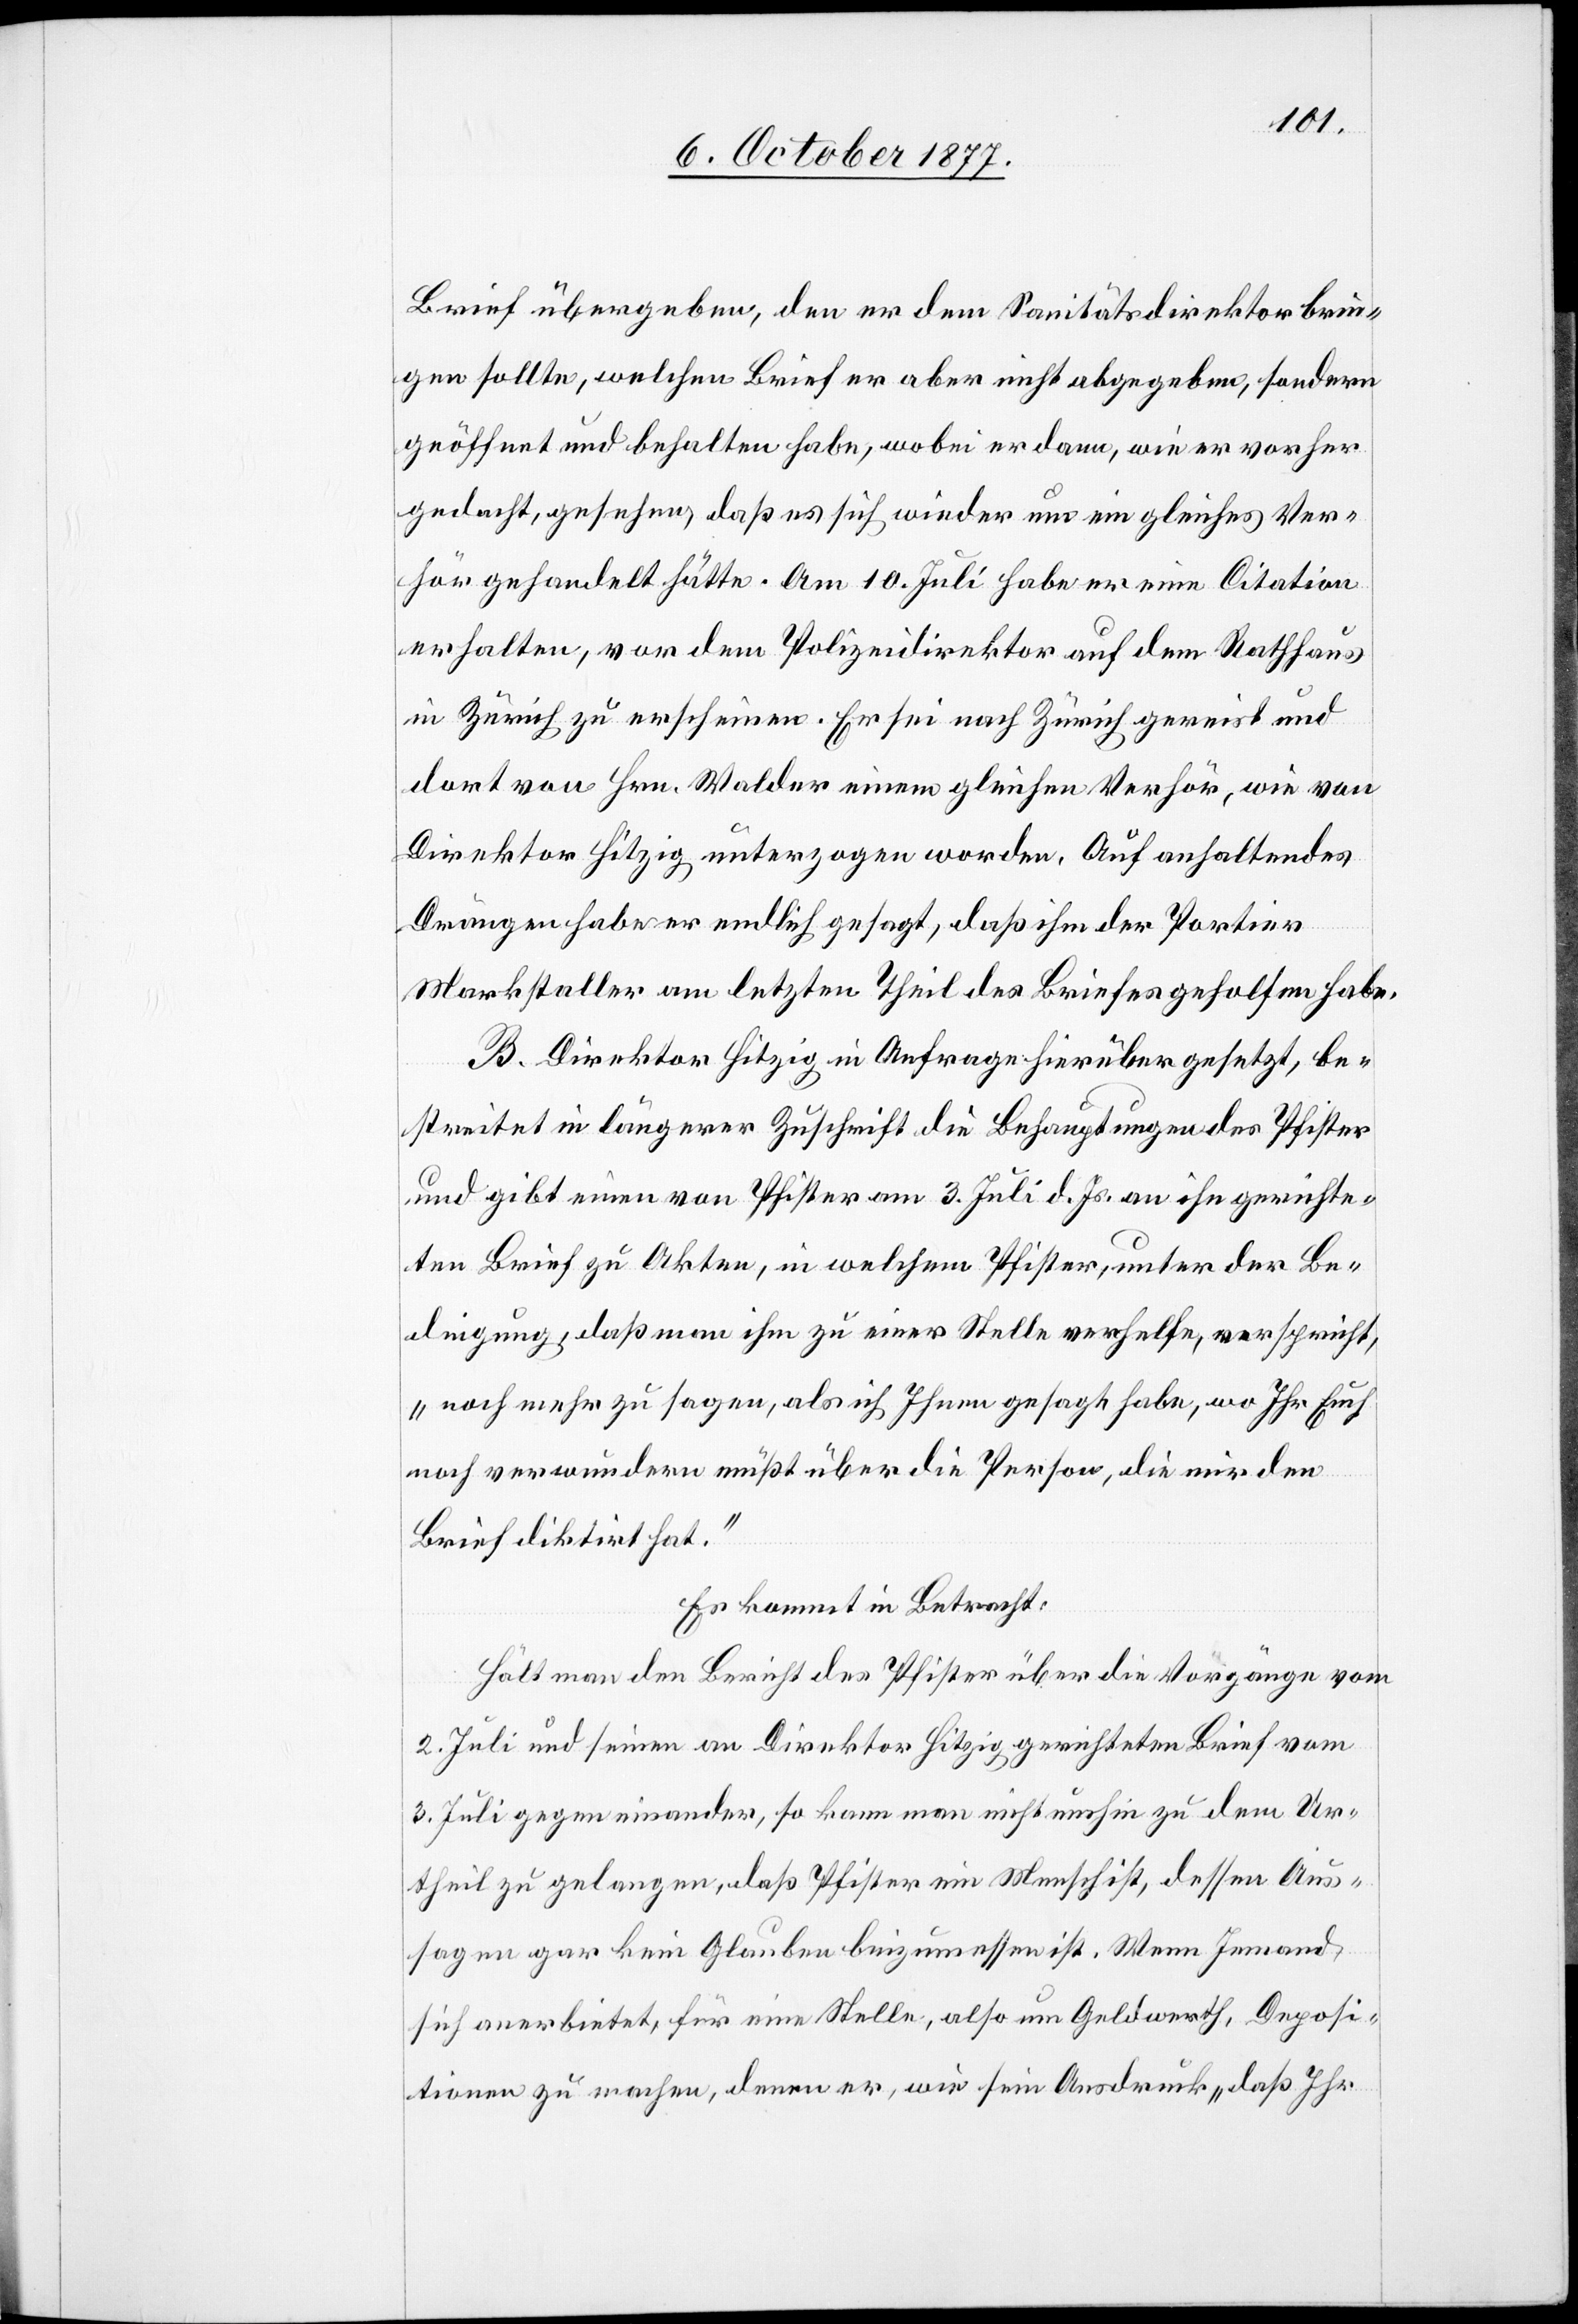
Brief übergeben, den er dem Sanitätsdirektor brin¬
gen sollte, welchen Brief er aber nicht abgegeben, sondern
geöffnet und behalten habe, wobei er dann, wie er vorher
gedacht, gesehen, daß es sich wieder um ein gleiches Ver¬
hör gehandelt hätte. Am 10. Juli habe er eine Citation
erhalten, vor dem Polizeidirektor auf dem Rathhaus
in Zürich zu erscheinen. Er sei nach Zürich gereist und
dort von Hrn. Walder einem gleichen Verhör, wie von
Direktor Hitzig unterzogen worden. Auf anhaltendes
Drängen habe er endlich gesagt, daß ihm der Portier
Markstaller am letzten Theil des Briefes geholfen habe.
B. Direktor Hitzig in Anfrage hierüber gesetzt, be¬
streitet in längerer Zuschrift die Behauptungen des Pfister
und gibt einen von Pfister am 3. Juli d. Js. an ihn gerichte¬
ten Brief zu Akten, in welchem Pfister, unter der Be¬
dingung, daß man ihm zu einer Stelle verhelfe, verspricht,
„noch mehr zu sagen, als ich Ihnen gesagt habe, wo Ihr Euch
noch verwundern müßt über die Person, die mir den
Brief diktirt hat.“
Es kommt in Betracht:
Hält man den Bericht des Pfister über die Vorgänge vom
2. Juli und seinen an Direktor Hitzig gerichteten Brief vom
3. Juli gegen einander, so kann man nicht umhin zu dem Ur¬
theil zu gelangen, daß Pfister ein Mensch ist, dessen Aus¬
sagen gar kein Glauben beizumessen ist. Wenn Jemand
sich anerbietet, für eine Stelle, also um Geldwerth, Deposi¬
tionen zu machen, denen er, wie sein Ausdruck „daß Ihr